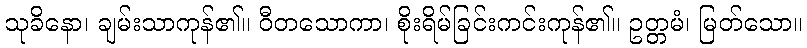
သုခိနော၊ ချမ်းသာကုန်၏။ ဝီတသောကာ၊ စိုးရိမ်ခြင်းကင်းကုန်၏။ ဥတ္တမံ၊ မြတ်သော။